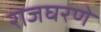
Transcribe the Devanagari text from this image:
राजघरणे